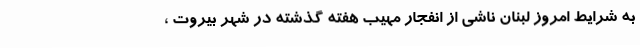
به شرایط امروز لبنان ناشی از انفجار مهیب هفته گذشته در شهر بیروت ،